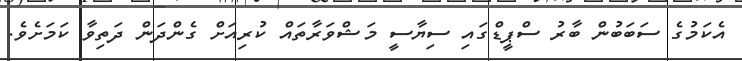
އެކަމުގެ ސަބަބުން ބާރު ސްޕީޑްގައި ސިޔާސީ މަޝްވަރާތައް ކުރިއަށް ގެންދަން ދަތިވާ ކަމަށެވެ.